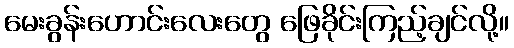
မေးခွန်းဟောင်းလေးတွေ ဖြေခိုင်းကြည့်ချင်လို့။